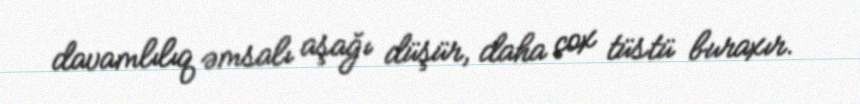
davamlılıq əmsalı aşağı düşür, daha çox tüstü buraxır.